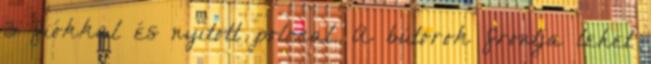
3 fiókkal és nyitott polccal. A bútorok frontja lehet